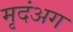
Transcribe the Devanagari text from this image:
मृदंअग